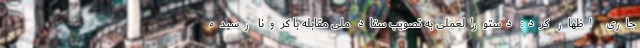
جاری اظهار کرد: دستورالعملی به تصویب ستاد ملی مقابله با کرونا رسیده